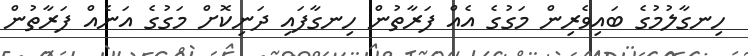
ހިނގާލުމުގެ ބައިވެރިން މަގުގެ އެއް ފަރާތުން ހިނގާފައި ދަނިކޮށް މަގުގެ އަނެއް ފަރާތުން